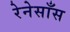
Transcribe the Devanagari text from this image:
रेनेसाँस